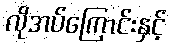
လိုအပ်ကြောင်းနှင့်